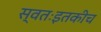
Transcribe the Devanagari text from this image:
स्वतःइतकीच